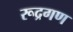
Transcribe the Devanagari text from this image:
रूद्रगण